65_HS1-834228961_62-HQ-83894_Serial_130
Agency: FBI
Page 2
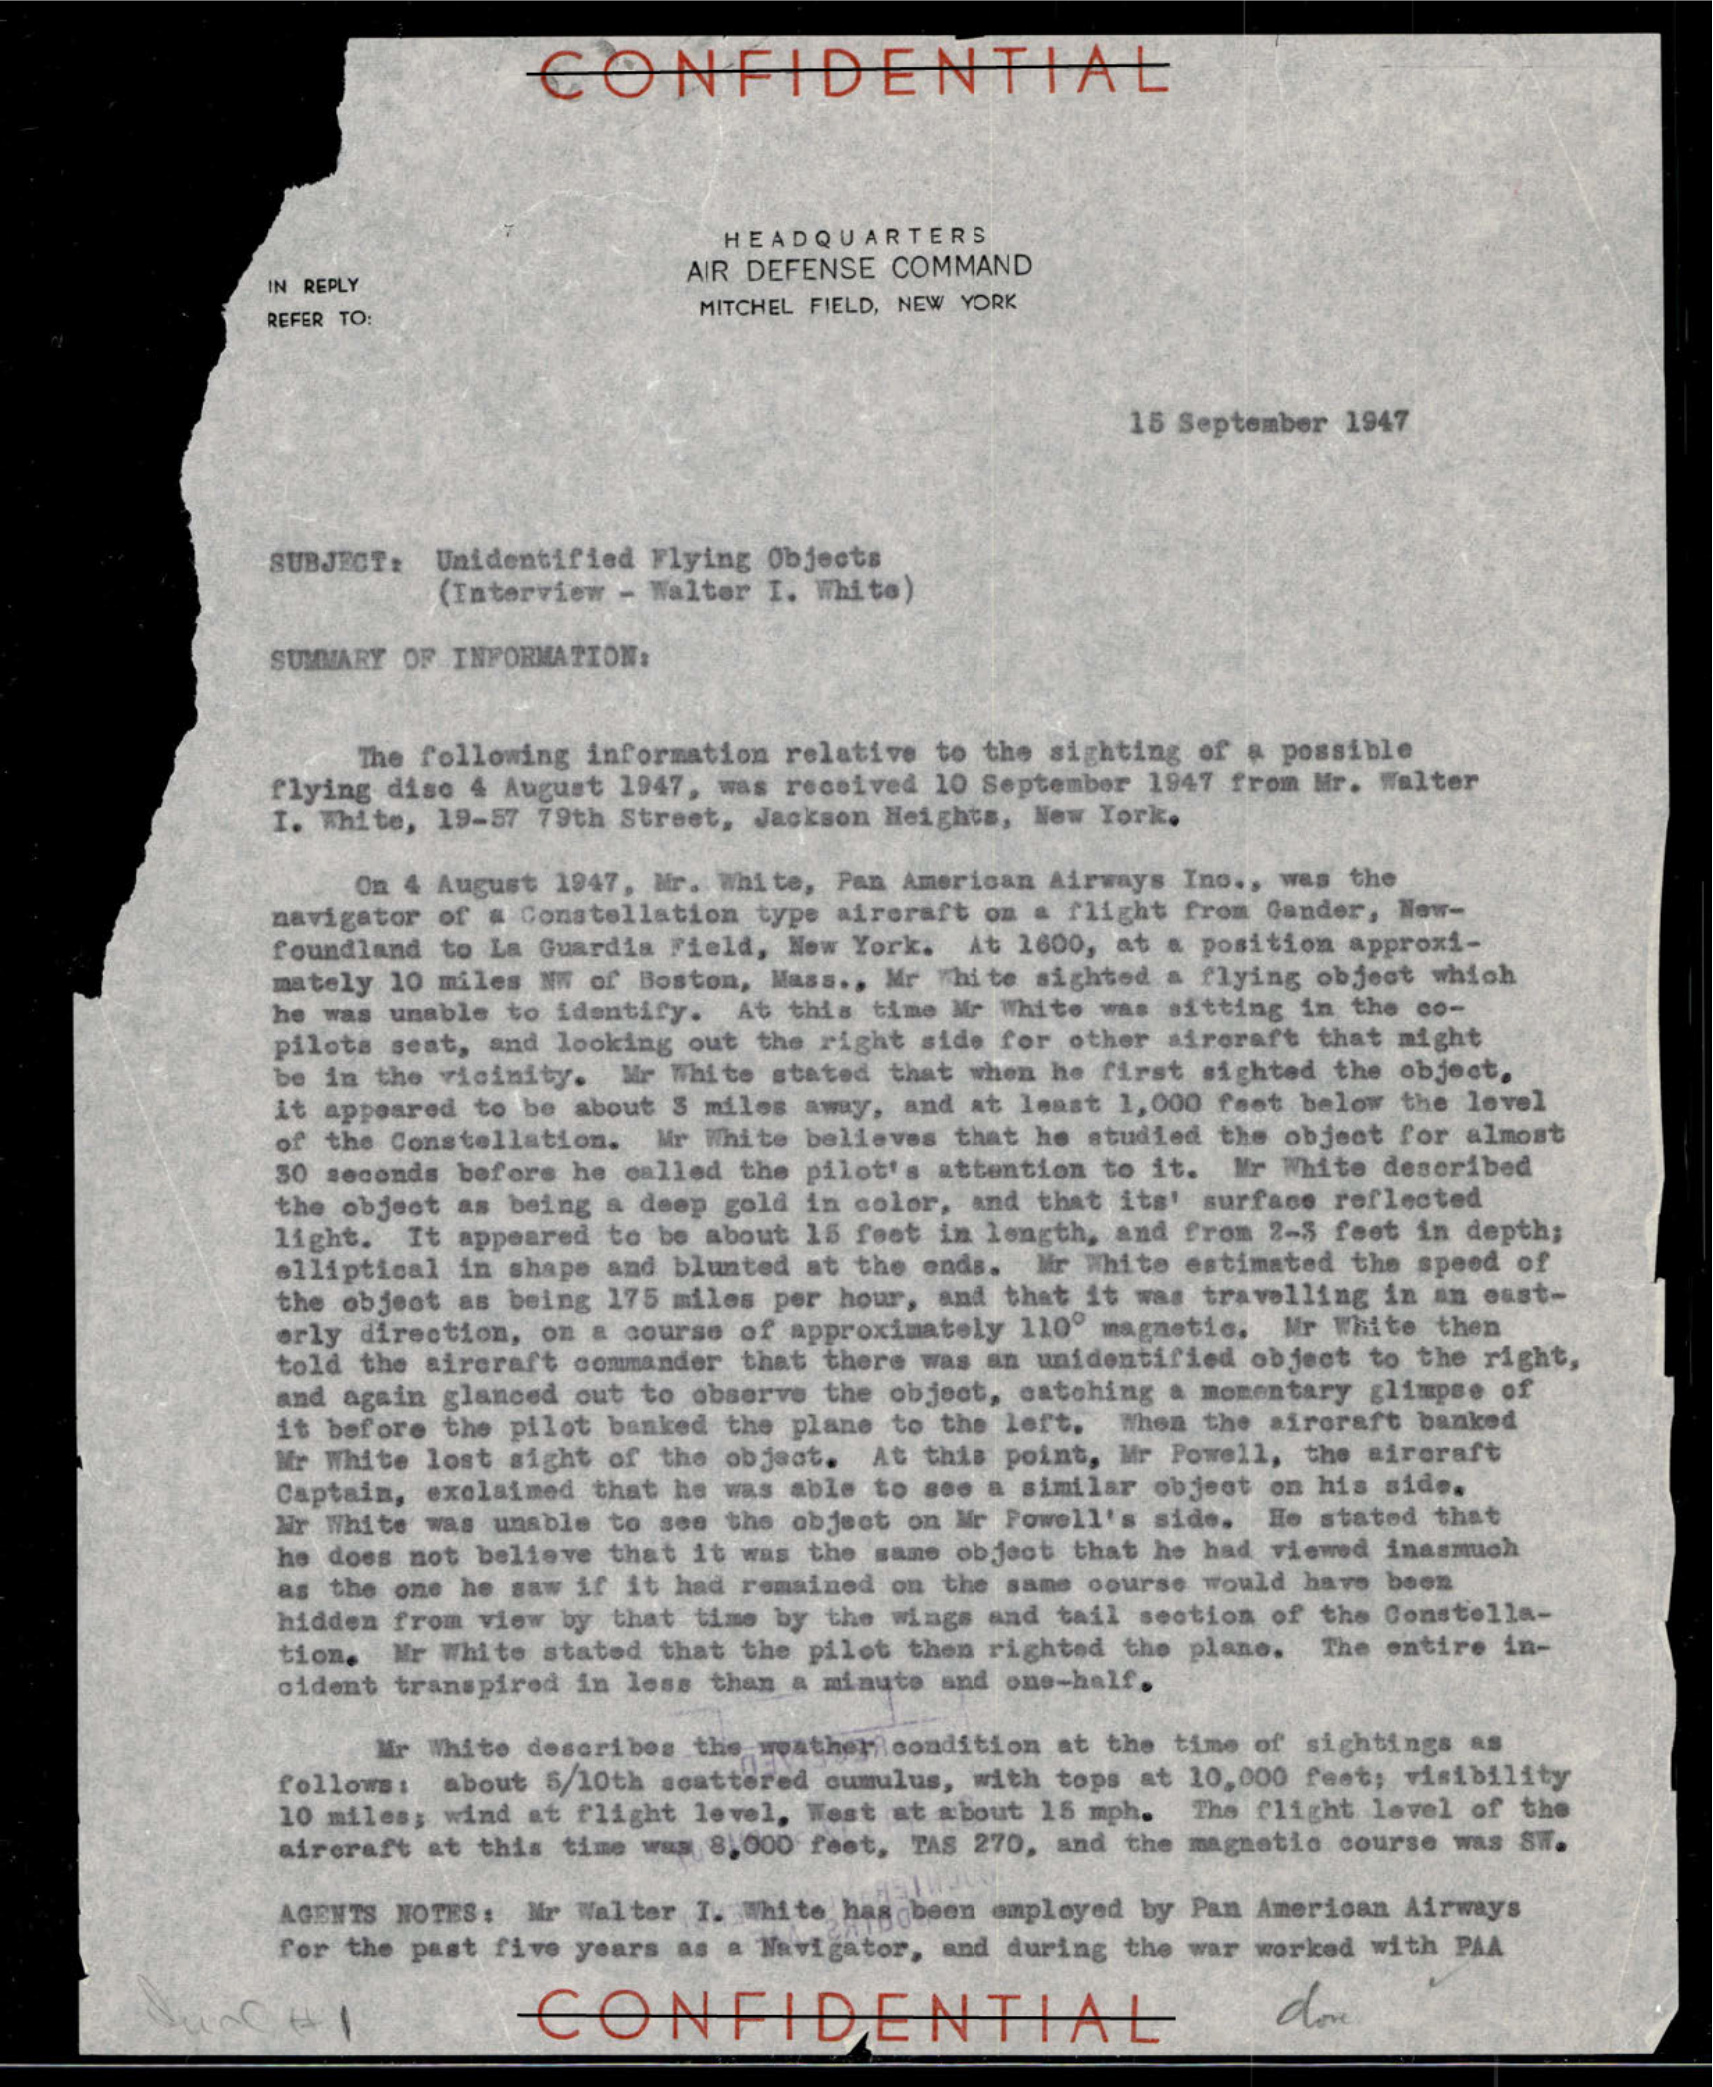